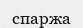
спаржа